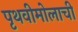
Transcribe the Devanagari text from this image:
पृथवीमोलाची